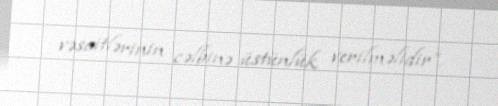
vəsaitlərinin cəlbinə üstünlük verilməlidir”.